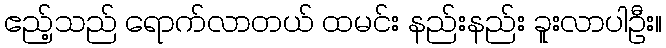
ဧည့်သည် ရောက်လာတယ် ထမင်း နည်းနည်း ခူးလာပါဦး။